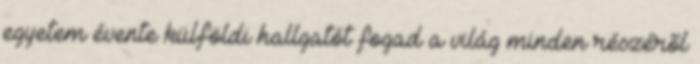
egyetem évente külföldi hallgatót fogad a világ minden részérõl